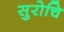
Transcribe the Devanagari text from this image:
सुरोचि